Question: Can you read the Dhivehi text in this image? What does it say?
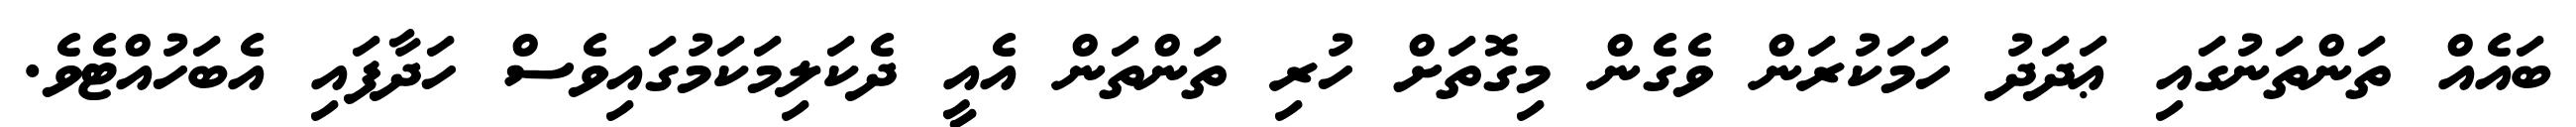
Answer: ބައެއް ތަންތަނުގައި ޢަދަދު ހަމަކުރަން ވެގެން މިގޮތަށް ހުރި ތަންތަން އެއީ ދެކަލިމަކަމުގައިވެސް ހަދާފައި އެބަހުއްޓެވެ.